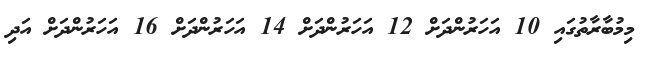
މިމުބާރާތުގައި 10 އަހަރުންދަށް 12 އަހަރުންދަށް 14 އަހަރުންދަށް 16 އަހަރުންދަށް އަދި